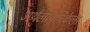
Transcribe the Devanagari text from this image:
अर्थलापनिकेला